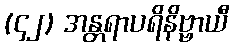
(၄၂) အန္တရာပရိနိဗ္ဗာယီ